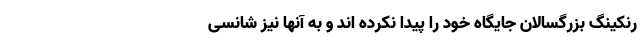
رنکینگ بزرگسالان جایگاه خود را پیدا نکرده اند و به آنها نیز شانسی